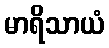
မာရိသာယံ